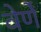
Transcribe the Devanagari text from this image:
वेर्णें